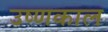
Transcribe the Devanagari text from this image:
उष्णकाल